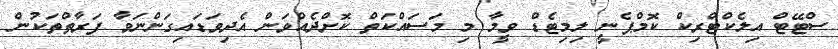
ސްޓޭޓް އިލެކްޓްރިކް ކޮމްޕެނީ ލިމިޓެޑް ވީމާ މި މަސައްކަތް ކޮށްދެއްވަން އެދިވަޑައިގަންނަވާ ފަރާތްތަކުން